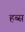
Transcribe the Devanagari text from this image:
हब्स